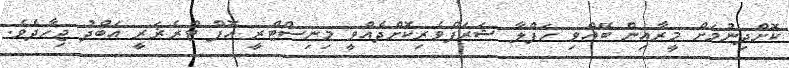
ކޮށްދިނުމަށް މީރާއިން ބޭއްވި ހަފްލާ ޝަރަފްވެރިކޮށްދެއްވީ މިނިސްޓްރީ އޮފް ޓްރެޜަރީ އަބްދު ޖިހާދެވެ.